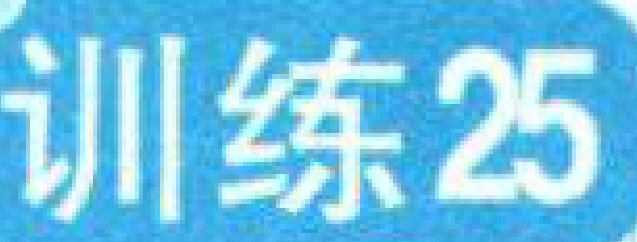
训练25